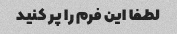
لطفا این فرم را پر کنید